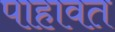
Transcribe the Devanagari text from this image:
पाहावत